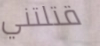
قتلتني